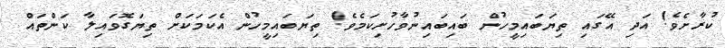
ކުރާށެވެ! އަދި އޭގައި ތިޔަބައިމީހުން ބައިބައިނުވާހުށިކަމެވެ! ތިޔަބައިމީހުން އެކަމަކަށް ތިޔަގޮވައިލާ ކަންތައް